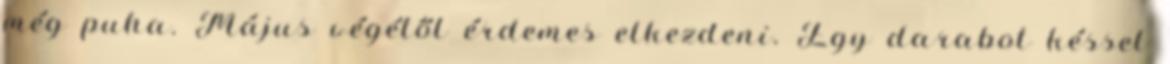
még puha. Május végétől érdemes elkezdeni. Egy darabot késsel